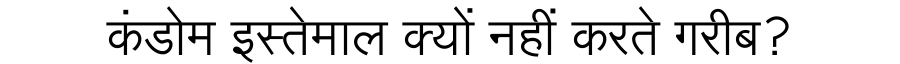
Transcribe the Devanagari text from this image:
कंडोम इस्तेमाल क्यों नहीं करते गरीब?